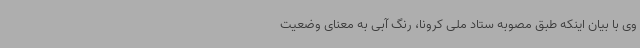
وی با بیان اینکه طبق مصوبه ستاد ملی کرونا، رنگ آبی به معنای وضعیت